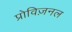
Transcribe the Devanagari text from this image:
प्रोविज़नल